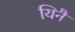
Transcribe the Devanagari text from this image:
यिनै